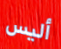
أليس